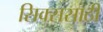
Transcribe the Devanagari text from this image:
सिक्ससाठी